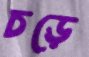
চড়ে